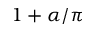
1 + \alpha / \pi